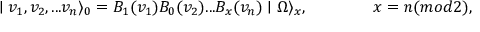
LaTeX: \mid v _ { 1 } , v _ { 2 } , . . . v _ { n } \rangle _ { 0 } = B _ { 1 } ( v _ { 1 } ) B _ { 0 } ( v _ { 2 } ) . . . B _ { x } ( v _ { n } ) \mid \Omega \rangle _ { x } , \qquad \qquad x = n ( m o d 2 ) ,